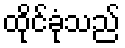
ထိုင်ခုံသည်